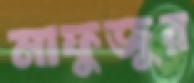
মাফুজুর